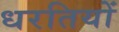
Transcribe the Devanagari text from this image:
धरतियों